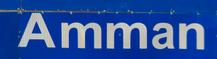
amman